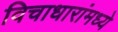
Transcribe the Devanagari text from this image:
विचाधारांमध्ये